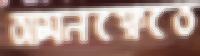
আমনক্ষেতে